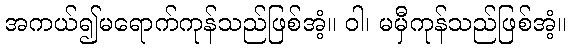
အကယ်၍မရောက်ကုန်သည်ဖြစ်အံ့။ ဝါ၊ မမှီကုန်သည်ဖြစ်အံ့။